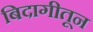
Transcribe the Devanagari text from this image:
बिदागीतून